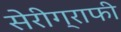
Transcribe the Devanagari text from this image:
सेरीग्राफी